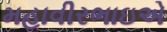
મહાવીરભાઇએ